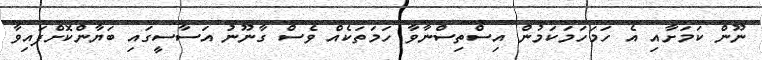
ނޫން ކަމަށާއި އެ ހަމަހަމަކަމުން އިސްތިސްނާވާ ހަމަތަކެއް ވެސް ގާނޫނު އަސާސީގައި ބަޔާންކޮށްފައިވާ